Indian journal of veterinary science and animal husbandry - Volumes 26-27, 1956-1957
Year: 1956
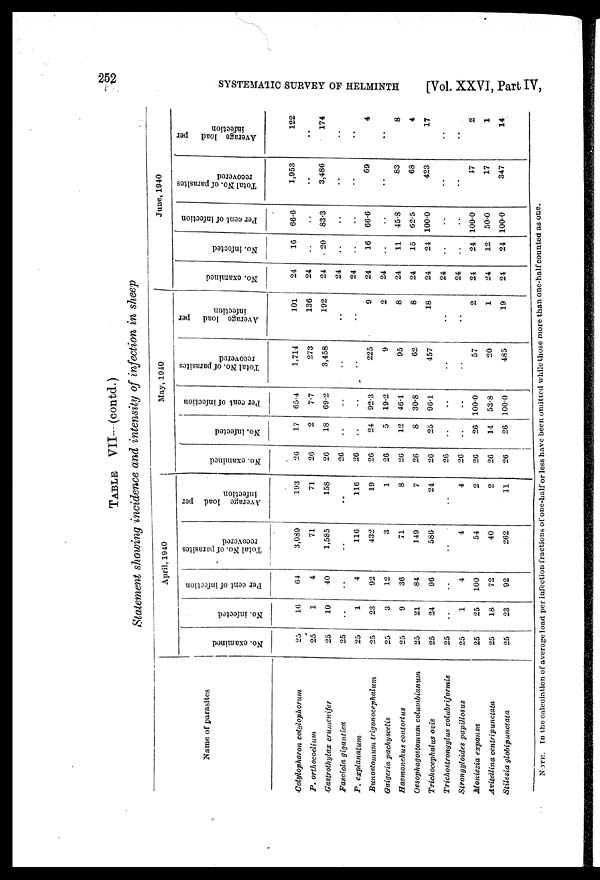
252 SYSTEMATIC SURVEY OF HELMINTH
[Vol. XXVI, Part IV,
TABLE VII-(contd.)
Statement showing incidence and intensity of infection in sheep
Name of parasites
Cotylophoron cotylophorum
P. orthocoelium
Gastrothylax crumenifer
Fasciola gigantica
P. explanatum
Bunostomum trigonocephalum
Gaigeria pachyscelis
Haemonchus contortus
Oesophagostomum columbianum
Trichocephalus ovis
Trichostrongylus
colubriformis
Strongyloides papillosus
Moniezia expansa
Avitellina centripunctata
Stilesia globipunctata
April, 1940
No. examined
25
25
25
25
25
25
25
25
25
25
25
25
25
25
25
No. infected
16
1
10
..
1
23
3
9
21
24
..
1
25
18
23
Per cent of infection
64
4
40
..
4
92
12
36
84
96
..
4
100
72
92
Total No. of parasites
recovered
3,089
71
1,585
..
116
432
3
71
149
586
..
4
54
40
262
Average load per
infection
193
71
158
..
116
19
1
8
7
24
..
4
2
2
11
May, 1940
No. examined
26
26
26
26
26
26
26
26
26
26
26
26
26
26
26
No. infected
17
2
18
..
..
24
5
12
8
25
..
..
26
14
26
Per cent of infection
65.4
7.7
69.2
..
..
92.3
19.2
46.1
30.8
96.1
..
..
100.0
53.8
1000
Total No. of parasites
recovered
1,714
273
3,458
..
..
225
9
95
62
457
..
..
57
20
485
Average load
per
infection
101
136
192
..
..
9
2
8
8
18
..
..
2
1
19
June, 1940
No. examined
24
24
24
24
24
24
24
24
24
24
24
24
24
24
24
No. infected
16
..
20
..
..
16
..
11
15
24
..
..
24
12
24
Per cent of infection
66.6
..
83.3
..
..
66.6
..
45.8
62.5
100.0
..
..
100.0
50.0
100.0
Total No. of parasites
recovered
1,953
..
3,486
..
..
69
..
83
68
423
..
..
47
17
347
Average load
per
infection
122
..
174
..
..
4
..
8
4
17
..
..
2
1
14
NOTE. In the calculation of average load per infection fractions of one-half or less have been omitted while those more than one-half counted as one.